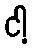
ငါ့